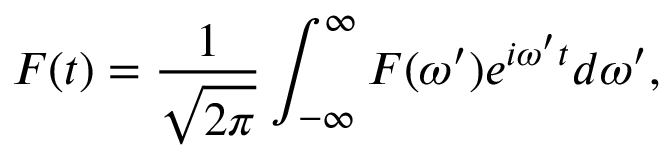
F ( t ) = \frac { 1 } { \sqrt { 2 \pi } } \int _ { - \infty } ^ { \infty } F ( \omega ^ { \prime } ) e ^ { i \omega ^ { \prime } t } d \omega ^ { \prime } ,